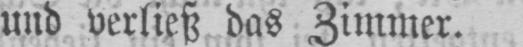
und verließ das Zimmer.